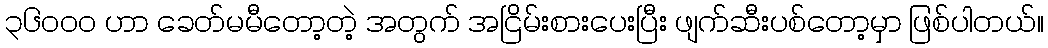
၃၆၀၀၀ ဟာ ခေတ်မမီတော့တဲ့ အတွက် အငြိမ်းစားပေးပြီး ဖျက်ဆီးပစ်တော့မှာ ဖြစ်ပါတယ်။